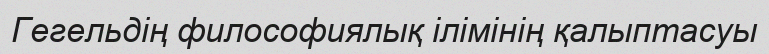
Гегельдің философиялық ілімінің қалыптасуы